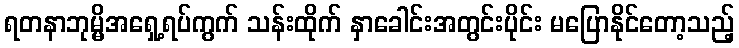
ရတနာဘုမ္မိအရှေ့ရပ်ကွက် သန်းထိုက် နှာခေါင်းအတွင်းပိုင်း မပြောနိုင်တော့သည့်